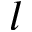
l